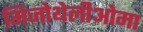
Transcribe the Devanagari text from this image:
मिजोथेलीओमा